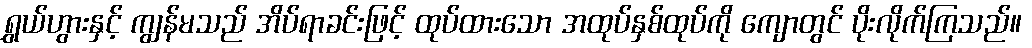
ရွှယ်ဟွားနှင့် ကျွန်မသည် အိပ်ရာခင်းဖြင့် ထုပ်ထားသော အထုပ်နှစ်ထုပ်ကို ကျောတွင် ပိုးလိုက်ကြသည်။